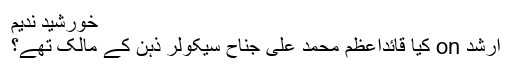
خورشید ندیم
ارشد on کیا قائداعظم محمد علی جناحؒ سیکولر ذہن کے مالک تھے؟